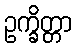
ဥက္ခိတ္တာ